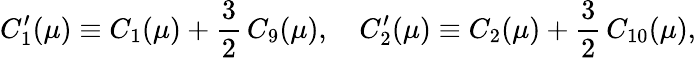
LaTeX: C_{1}^{\prime}(\mu)\equiv C_{1}(\mu)+\frac{3}{2}\, C_{9}(\mu),\quad C_{2}^{\prime}(\mu)\equiv C_{2}(\mu)+\frac{3}{2}\, C_{10}(\mu),